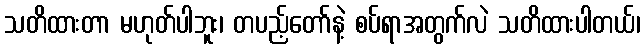
သတိထားတာ မဟုတ်ပါဘူး၊ တပည့်တော်နဲ့ စပ်ရာအတွက်လဲ သတိထားပါတယ်၊